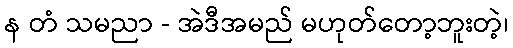
န တံ သမညာ - အဲဒီအမည် မဟုတ်တော့ဘူးတဲ့၊